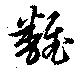
飜